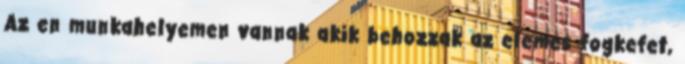
Az en munkahelyemen vannak akik behozzak az elemes fogkefet,